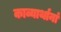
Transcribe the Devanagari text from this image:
काव्यार्थानां